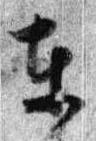
東